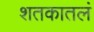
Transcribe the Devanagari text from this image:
शतकातलं